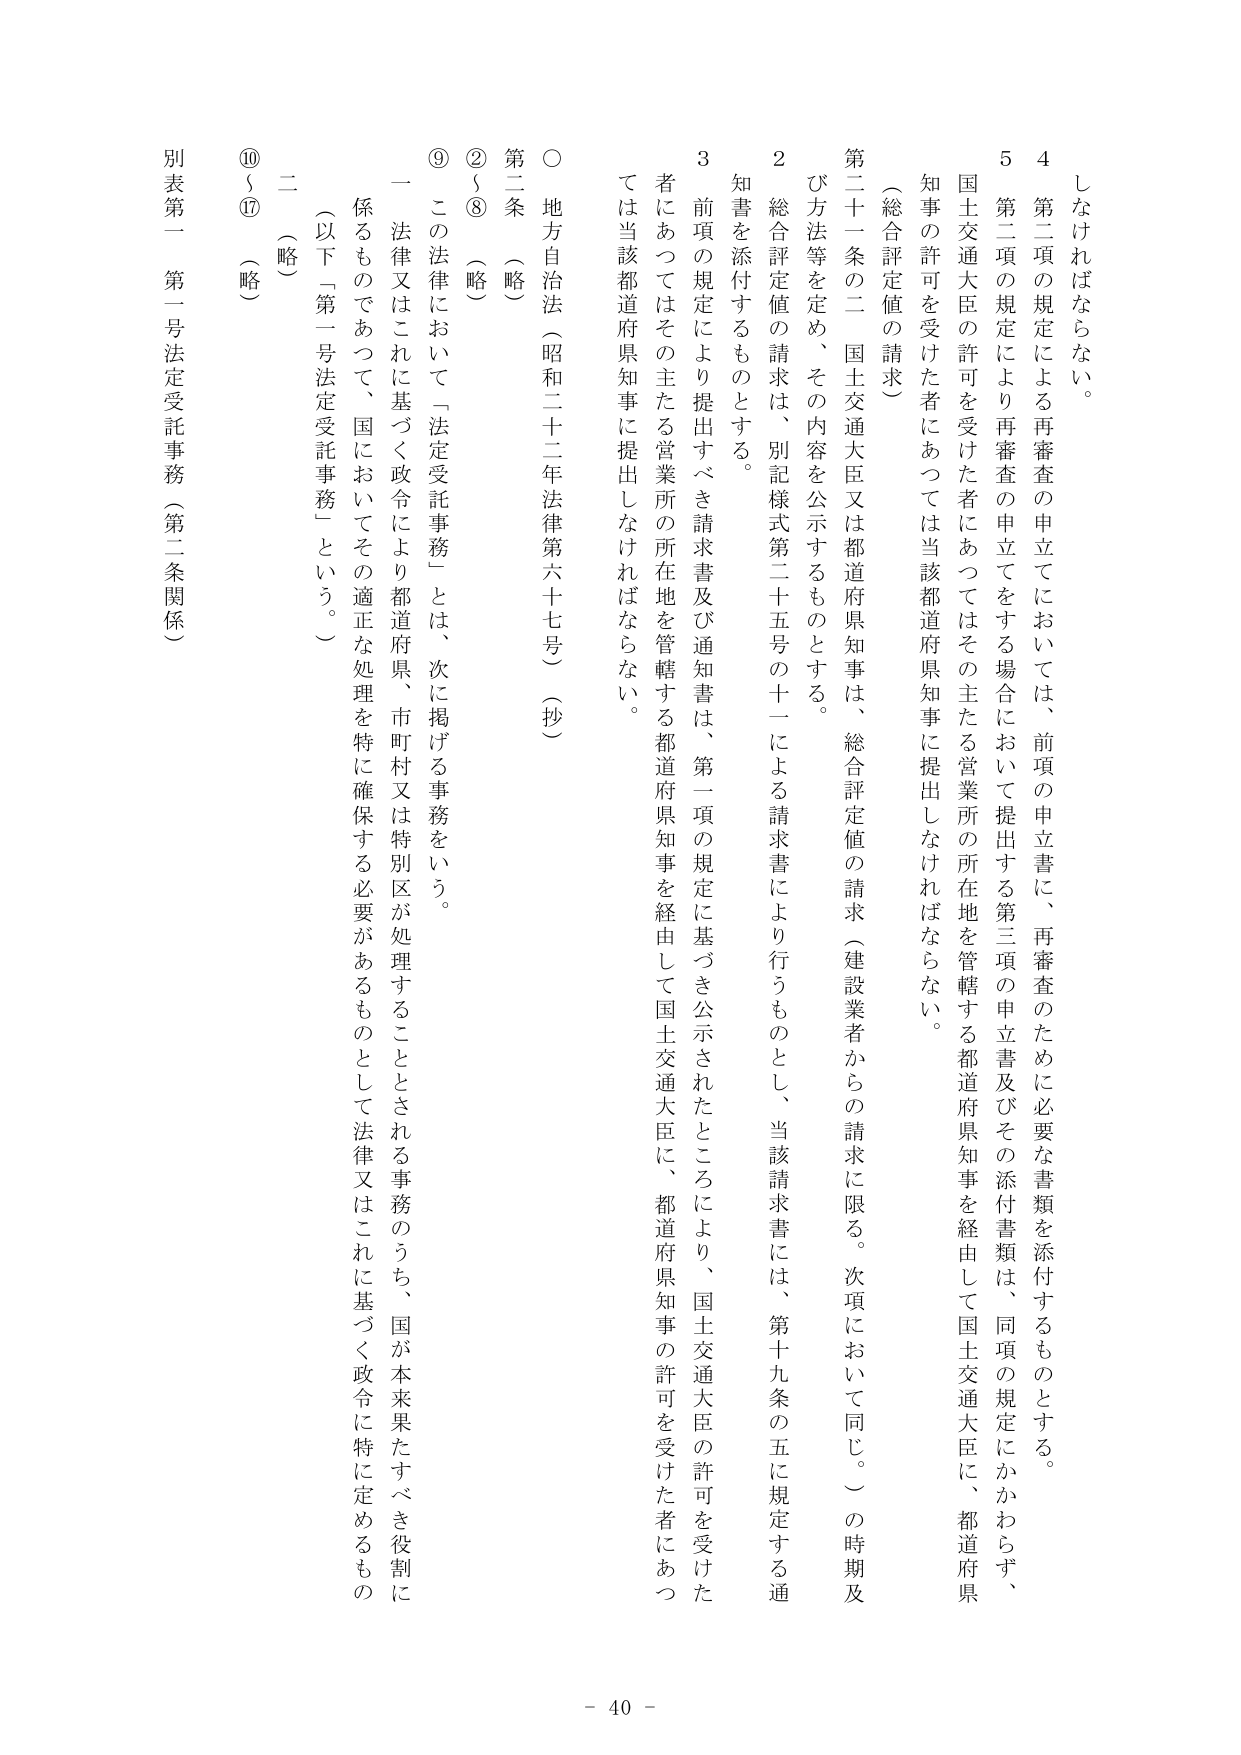
しなければならない。

4 第二項の規定による再審査の申立てにおいては、前項の申立書に、再審査のために必要な書類を添付するものとする。

5 第二項の規定により再審査の申立てをする場合において提出する第三項の申立書及びその添付書類は、同項の規定にかかわらず、国土交通大臣の許可を受けた者にあってはその主たる営業所の所在地を管轄する都道府県知事を経由して国土交通大臣に、都道府県知事の許可を受けた者にあっては当該都道府県知事に提出しなければならない。

（総合評定値の請求）

第二十一条の二 国土交通大臣又は都道府県知事は、総合評定値の請求（建設業者からの請求に限る。次項において同じ。）の時期及び方法等を定め、その内容を公示するものとする。

2 総合評定値の請求は、別記様式第二十五号の十一による請求書により行うものとし、当該請求書には、第十九条の五に規定する通知書を添付するものとする。

3 前項の規定により提出すべき請求書及び通知書は、第一項の規定に基づき公示されたところにより、国土交通大臣の許可を受けた者にあってはその主たる営業所の所在地を管轄する都道府県知事を経由して国土交通大臣に、都道府県知事の許可を受けた者にあっては当該都道府県知事に提出しなければならない。

○ 地方自治法（昭和二十二年法律第六十七号）（抄）

第二条 （略）

②～⑧ （略）

⑨ この法律において「法定受託事務」とは、次に掲げる事務をいう。

一 法律又はこれに基づく政令により都道府県、市町村又は特別区が処理することとされる事務のうち、国が本来果たすべき役割に係るものであって、国においてその適正な処理を特に確保する必要があるものとして法律又はこれに基づく政令に特に定めるもの

（以下「第一号法定受託事務」という。）

二 （略）

⑩～⑰ （略）

別表第一 第一号法定受託事務（第二条関係）

- 40 -